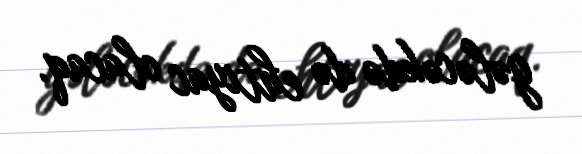
gələcəkdə də ehtiyac olacaq.